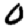
Digit: 0